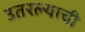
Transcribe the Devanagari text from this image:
उतरल्याची